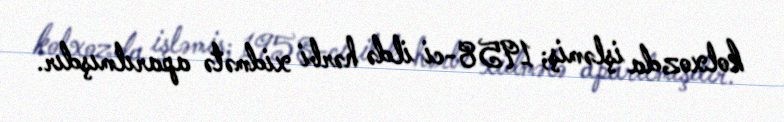
kolxozda işləmiş; 1958-ci ildə hərbi xidmətə aparılmışdır.